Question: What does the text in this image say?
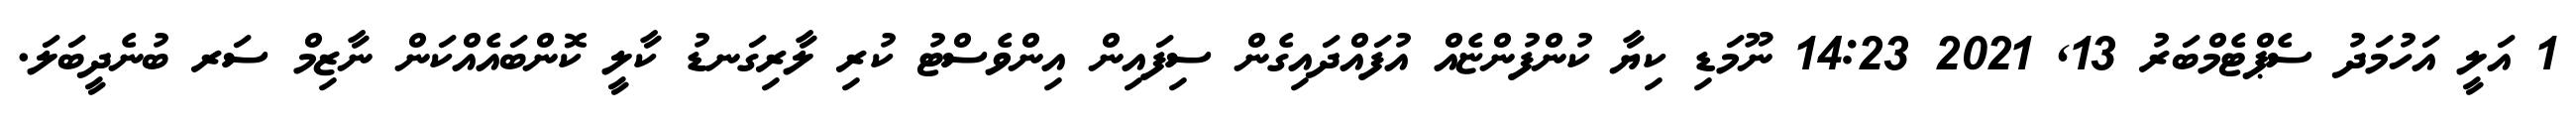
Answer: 1 އަލީ އަހުމަދު ސެޕްޓެމްބަރު 13, 2021 14:23 ނޫމަޑި ކިޔާ ކުންފުންޏެއް އުފައްދައިގެން ސިފައިން އިންވެސްޓު ކުރި ލާރިގަނޑު ކާލީ ކޮންބައެއްކަން ނާޒިމް ސަރ ބުނެދީބަލަ.